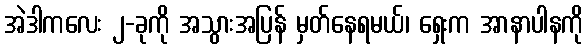
အဲဒါကလေး ၂-ခုကို အသွားအပြန် မှတ်နေရမယ်၊ ရှေးက အာနာပါနကို